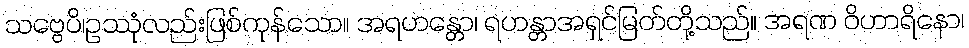
သဗ္ဗေပိ၊ဥဿုံလည်းဖြစ်ကုန်သော။ အရဟန္တော၊ ရဟန္တာအရှင်မြတ်တို့သည်။ အရဏ ဝိဟာရိနော၊